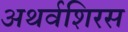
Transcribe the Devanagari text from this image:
अथर्वशिरस